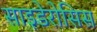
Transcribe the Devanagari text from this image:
साइडेरोसिस